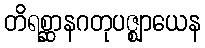
တိရစ္ဆာနဂတုပဇ္ဈာယေန